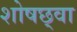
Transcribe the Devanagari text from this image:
शोषछ्वा